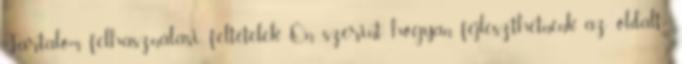
Tartalom felhasználási feltételek Ön szerint hogyan fejleszthetnénk az oldalt?